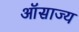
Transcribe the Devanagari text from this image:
ऑसाज्य